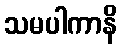
သမပါကာနိ